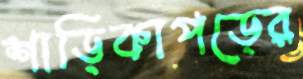
শাড়িকাপড়ের